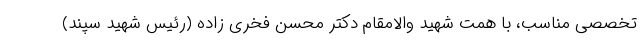
تخصصی مناسب، با همت شهید والامقام دکتر محسن فخری زاده (رئیس شهید سپند)